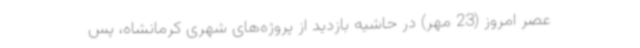
عصر امروز (23 مهر) در حاشیه بازدید از پروژه‌های شهری کرمانشاه، پس